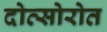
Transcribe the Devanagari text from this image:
दोत्सोरोत